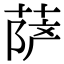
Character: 萨